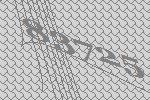
83725